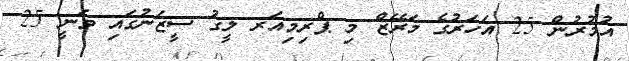
އުމުރުން 25 އަހަރުގެ މަރޭޒް މި ޕްރިމިއަރ ލީގު ސީޒަނުގައި ވަނީ 25